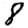
Digit: 8